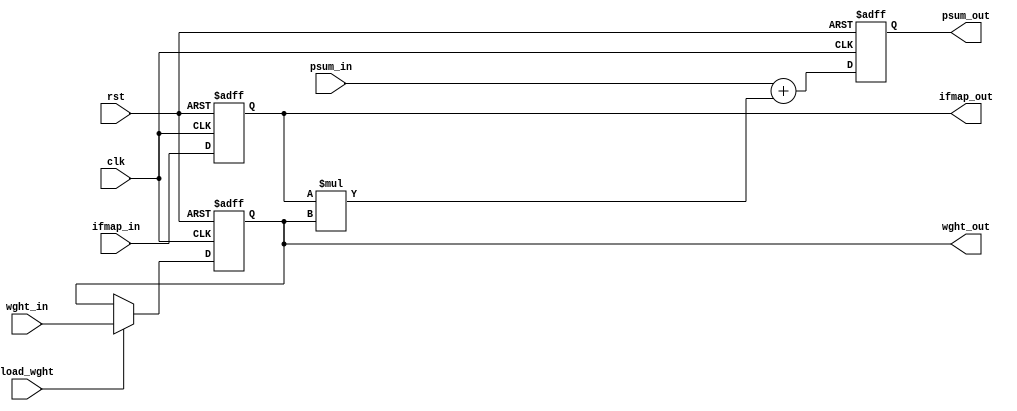
`timescale 1ns / 1ps


module mac_unit(clk,rst,load_wght,ifmap_in,wght_in,psum_in,ifmap_out,wght_out,psum_out);

parameter wd=8,in=4,fi=3;

input clk,rst,load_wght;
input signed [wd-1:0] ifmap_in,wght_in;
input signed [2*wd-1:0] psum_in;
output signed [wd-1:0] ifmap_out,wght_out;
output signed [2*wd-1:0] psum_out;
reg signed [2*wd-1:0] psum_out;

reg signed [wd-1:0] ifmap_r,wght_r;

wire signed [2*wd-1:0] mulout,psum;
wire signed [2*wd:0] addout;

always @(posedge clk or posedge rst) 
begin
    if (rst) 
    begin
        ifmap_r<={wd{1'd0}};  
        wght_r<={wd{1'd0}};  
        psum_out<={(2*wd-1){1'd0}};  
    end 
    else 
    begin
        ifmap_r<=ifmap_in;
        psum_out<=psum;
        if (load_wght) 
        begin
            wght_r<=wght_in;
        end 
        else 
        begin
            wght_r<=wght_r;
        end
    end
end

assign mulout=ifmap_r*wght_r;
assign addout={psum_in[2*wd-1],psum_in}+{mulout[2*wd-1],mulout};
assign psum=addout[2*wd-1:0];

assign ifmap_out=ifmap_r;
assign wght_out=wght_r;

endmodule